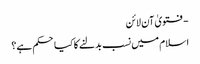
- فتویٰ آن لائن
اسلام میں نسب بدلنے کا کیا حکم ہے؟